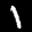
Label: 1